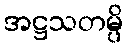
အဋ္ဌသတမ္ပိ